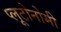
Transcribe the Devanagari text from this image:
प्लूटोनोमी